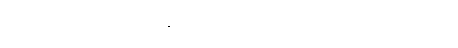
ရွှေပြည် ဦးဘတင်လို့ ထင်ရှားတဲ့ ဒီပုဂ္ဂိုလ်ကြီးဟာ တချိန်က ရွှေပြည်ကိုယ်တော်လေးအမည်နဲ့